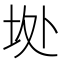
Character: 𱖘